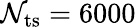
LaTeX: \mathcal{N}_{\mathrm{{ts}}}=6000